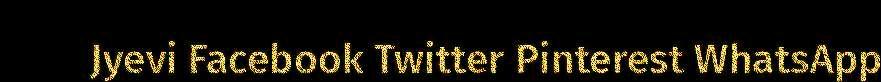
Jyevi Facebook Twitter Pinterest WhatsApp